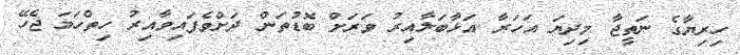
ހިރިޔާގެ ނަތީޖާ މިދިޔަ އަހަރާ އަޅާބަލާއިރު ވަރަށް ބޮޑުތަން ދަށްވެފައިވާއިރު ހިތްހަމަ ޖެހޭ